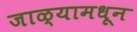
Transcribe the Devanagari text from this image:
जाळ्यामधून